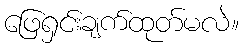
ဖြေရှင်းချက်ထုတ်မလဲ။